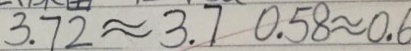
3 . 7 2 \approx 3 . 7 0 . 5 8 \approx 0 . 6